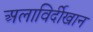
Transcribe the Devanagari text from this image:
अलाविर्दीखान